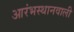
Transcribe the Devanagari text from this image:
आरंभस्थानवाली